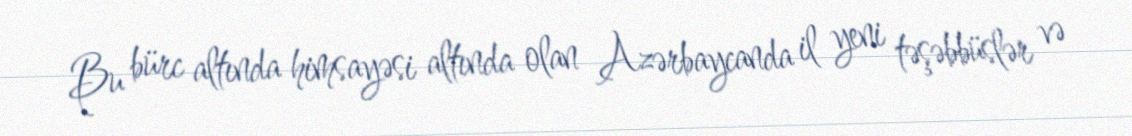
Bu bürc altında himsayəsi altında olan Azərbaycanda il yeni təşəbbüslər və